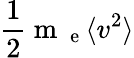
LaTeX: \frac{1}{2}\mathrm{~m~}_{\mathrm{~e~}}\langle v^{2}\rangle